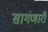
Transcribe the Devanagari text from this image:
सागंणारी